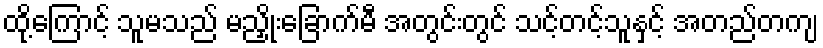
ထို့ကြောင့် သူမသည် မညှိုးခြောက်မီ အတွင်းတွင် သင့်တင့်သူနှင့် အတည်တကျ